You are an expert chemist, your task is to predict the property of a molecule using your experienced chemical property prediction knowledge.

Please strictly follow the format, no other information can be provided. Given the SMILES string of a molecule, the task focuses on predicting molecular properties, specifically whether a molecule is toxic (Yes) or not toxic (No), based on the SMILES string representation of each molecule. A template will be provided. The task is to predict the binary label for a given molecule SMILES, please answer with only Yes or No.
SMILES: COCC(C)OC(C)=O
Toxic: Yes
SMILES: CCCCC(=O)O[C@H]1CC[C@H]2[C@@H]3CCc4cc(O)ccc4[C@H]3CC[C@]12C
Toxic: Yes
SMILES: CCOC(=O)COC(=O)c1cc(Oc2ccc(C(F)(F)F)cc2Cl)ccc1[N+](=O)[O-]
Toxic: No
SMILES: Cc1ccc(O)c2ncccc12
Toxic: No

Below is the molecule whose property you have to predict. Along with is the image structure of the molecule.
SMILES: CCCCCCCC(=O)Oc1c(Br)cc(C#N)cc1Br
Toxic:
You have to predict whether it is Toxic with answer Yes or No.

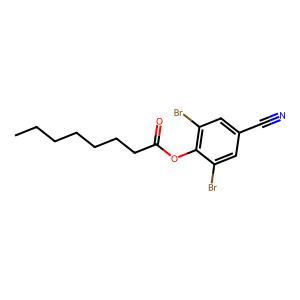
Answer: No